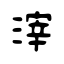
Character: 滓